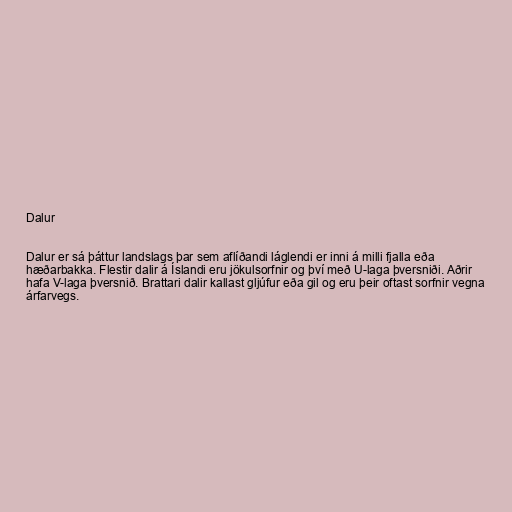
Dalur

Dalur er sá þáttur landslags þar sem aflíðandi láglendi er inni á milli fjalla eða
hæðarbakka. Flestir dalir á Íslandi eru jökulsorfnir og því með U-laga þversniði. Aðrir
hafa V-laga þversnið. Brattari dalir kallast gljúfur eða gil og eru þeir oftast sorfnir vegna
árfarvegs.